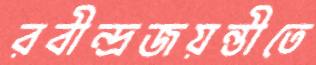
রবীন্দ্রজয়ন্তীতে